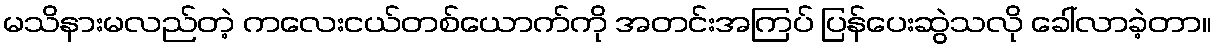
မသိနားမလည်တဲ့ ကလေးငယ်တစ်ယောက်ကို အတင်းအကြပ် ပြန်ပေးဆွဲသလို ခေါ်လာခဲ့တာ။